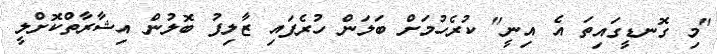
"މި ގޮނޑީގައިތަ އެ އިނީ" ކުރެހުމަށް ބަލަން ހުރެފައި ޒާލިފު ބޮލުން އިޝާރާތްކޮށްލީ